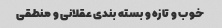
خوب و تازه و بسته بندی عقلانی و منطقی